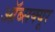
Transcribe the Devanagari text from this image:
ऑब्सक्यूर